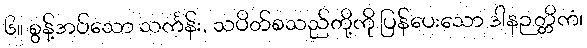
၆။ စွန့်အပ်သော သင်္ကန်း, သပိတ်စသည်တို့ကို ပြန်ပေးသော ဒါနဉတ္တိကံ၊